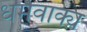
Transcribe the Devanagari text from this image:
धर्मवाक्य